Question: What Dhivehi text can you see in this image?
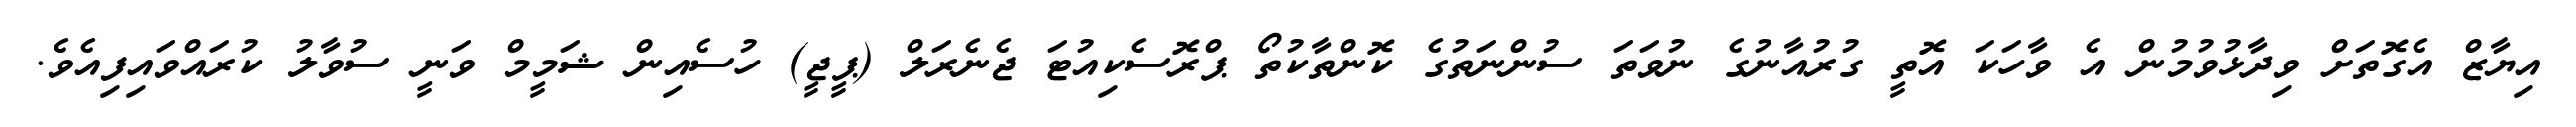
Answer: އިޔާޒް އެގޮތަށް ވިދާޅުވުމުން އެ ވާހަކަ އޮތީ ގުރުއާނުގެ ނުވަތަ ސުންނަތުގެ ކޮންތާކުތޯ ޕްރޮސެކިއުޓަ ޖެނެރަލް (ޕީޖީ) ހުސެއިން ޝަމީމް ވަނީ ސުވާލު ކުރައްވައިފިއެވެ.